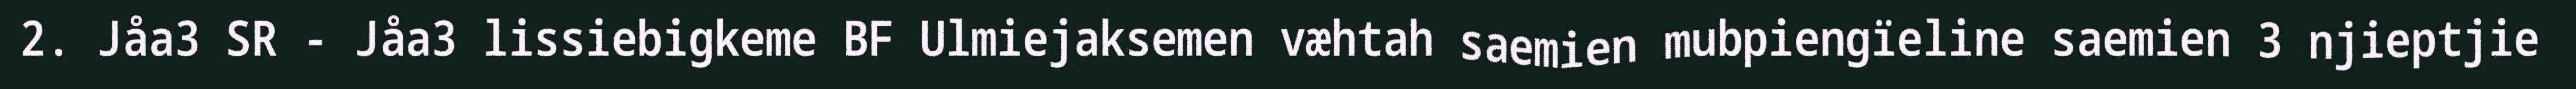
2. Jåa3 SR - Jåa3 lissiebigkeme BF Ulmiejaksemen væhtah saemien mubpiengïeline saemien 3 njieptjie